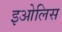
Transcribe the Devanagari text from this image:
इओलिस